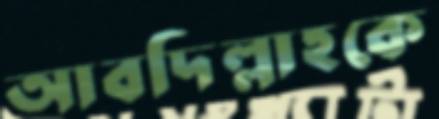
আবদিল্লাহকে